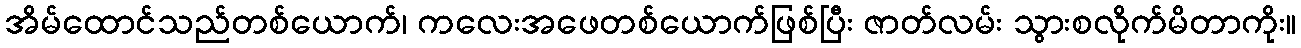
အိမ်ထောင်သည်တစ်ယောက်၊ ကလေးအဖေတစ်ယောက်ဖြစ်ပြီး ဇာတ်လမ်း သွားစလိုက်မိတာကိုး။